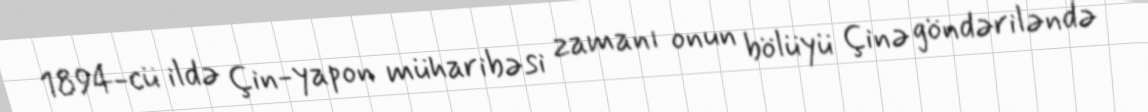
1894-cü ildə Çin-yapon müharibəsi zamanı onun bölüyü Çinə göndəriləndə